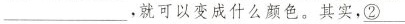
___，就可以变成什么颜色。其实，\underline{②}